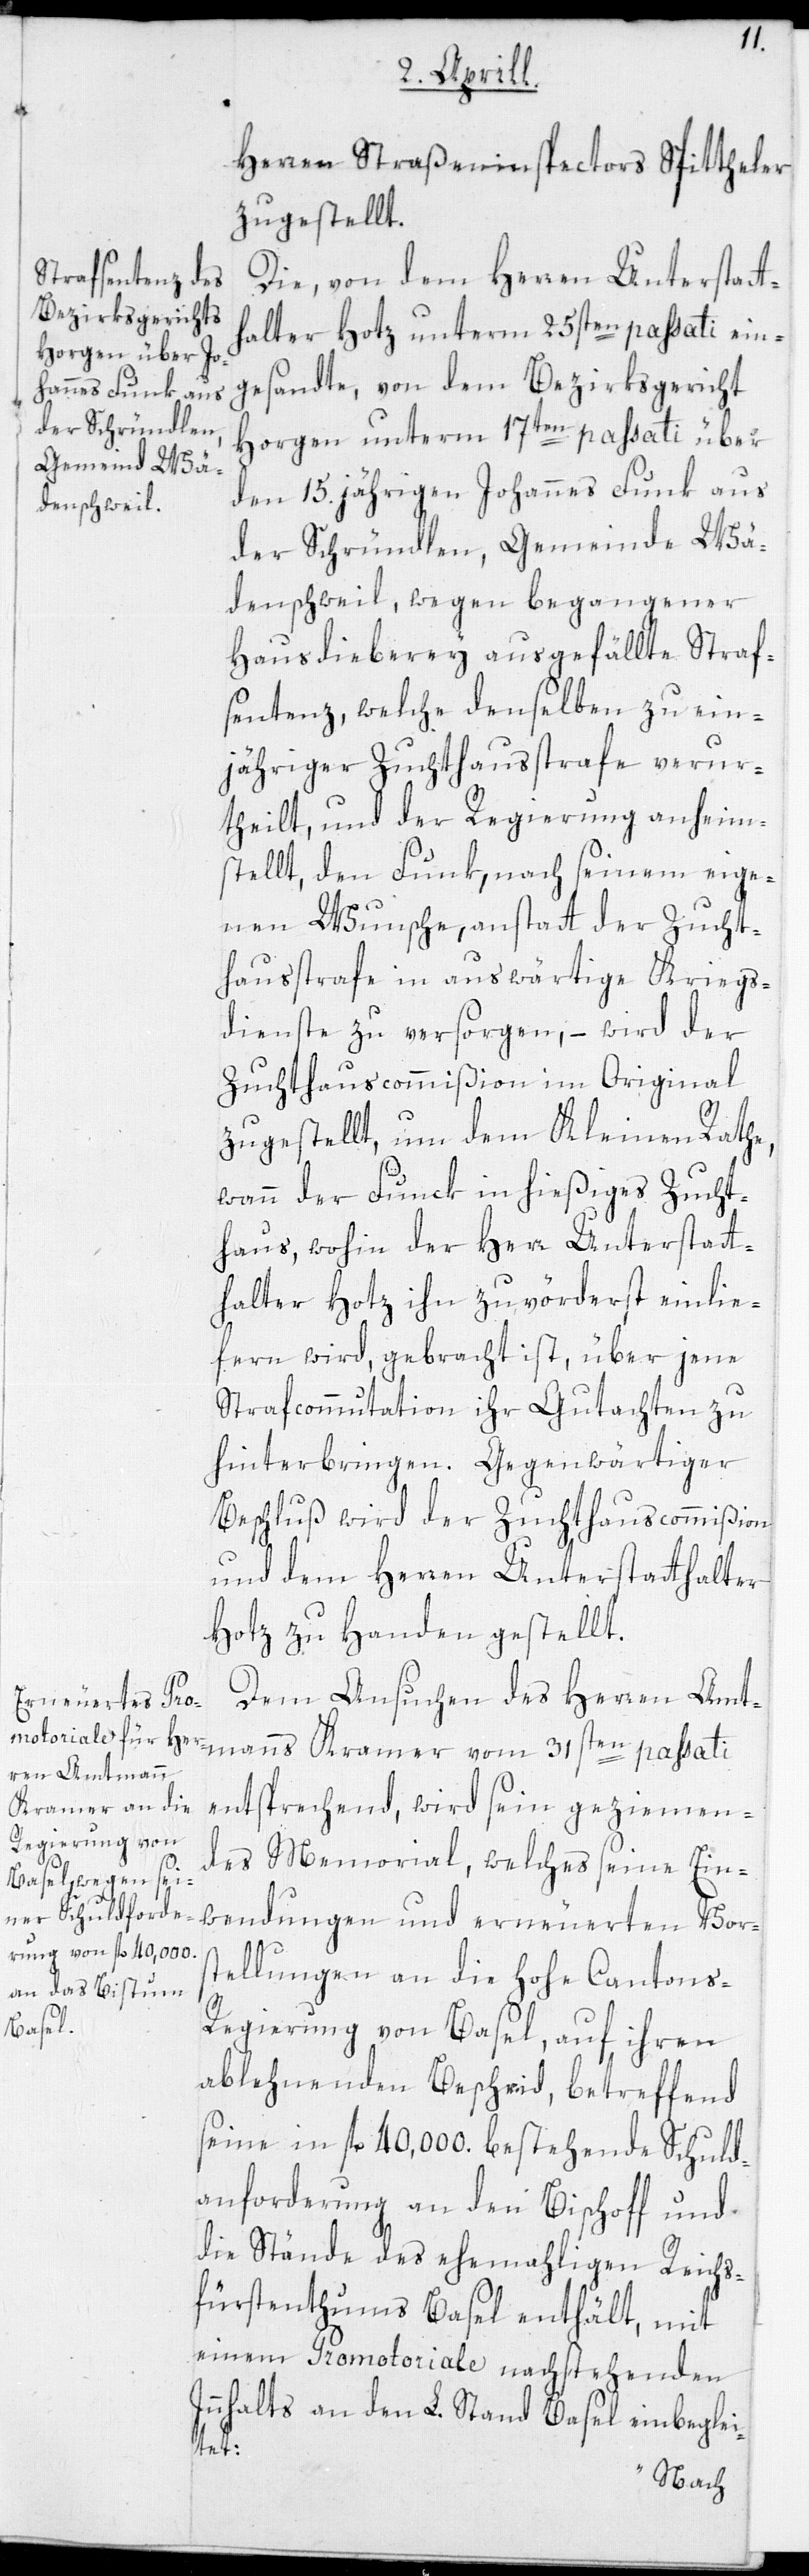
nns
Herren Straßeninspectors Spittheler
zugestellt.
Die von dem Herren Unterstatt¬
halter Hotz unterm 25sten passati ein¬
gesandte, von dem Bezirksgericht
Horgen unterm 17ten passati über
den 15.jährigen Johannes Funk aus
der Schründlen, Gemeinde Wä¬
denschweil, wegen begangener
Hausdieberey ausgefällte Straf¬
sentenz, welche denselben zu ein¬
jähriger Zuchthausstrafe verur¬
theilt, und der Regierung anheim¬
stellt, den Funk, nach seinem eige¬
nen Wunsche, anstatt der Zucht¬
hausstrafe in auswärtige Kriegs¬
dienste zu versorgen, – wird der
Zuchthauscommißion im Original
zugestellt, um dem Kleinen Rathe,
thaus, wohin der Herr Unterstatt¬
halter Hotz ihn zuvörderst einlie¬
fern wird, gebracht ist, über jene
Strafcommutation ihr Gutachten zu
hinterbringen. Gegenwärtiger
Beschluß wird der Zuchthauscommißion
und dem Herren Unterstatthalter
Hotz zu Handen gestellt.
Dem Ansuchen des Herren Amtma¬
erneuerten Vors¬
entsprechend, wird sein geziemen¬
des Memorial, welches seine Ein¬
tellungen an die Hohe Cantons¬
regierung von Basel, auf ihren
ablehnenden Bescheid, betreffend
seine in fl. 40'000 bestehende Schuld¬
anforderung an den Bischoff und
die Stände des ehemahligen Reichs¬
fürstentums Basel enthält, mit
einem Promotoriale nachstehenden
Innhalts an den L. Stand Basel einbeglei¬
tet:
Zuch¬